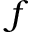
f